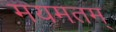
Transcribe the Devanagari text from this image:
मयमतम्